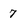
Character: 7